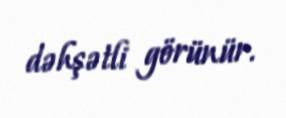
dəhşətli görünür.